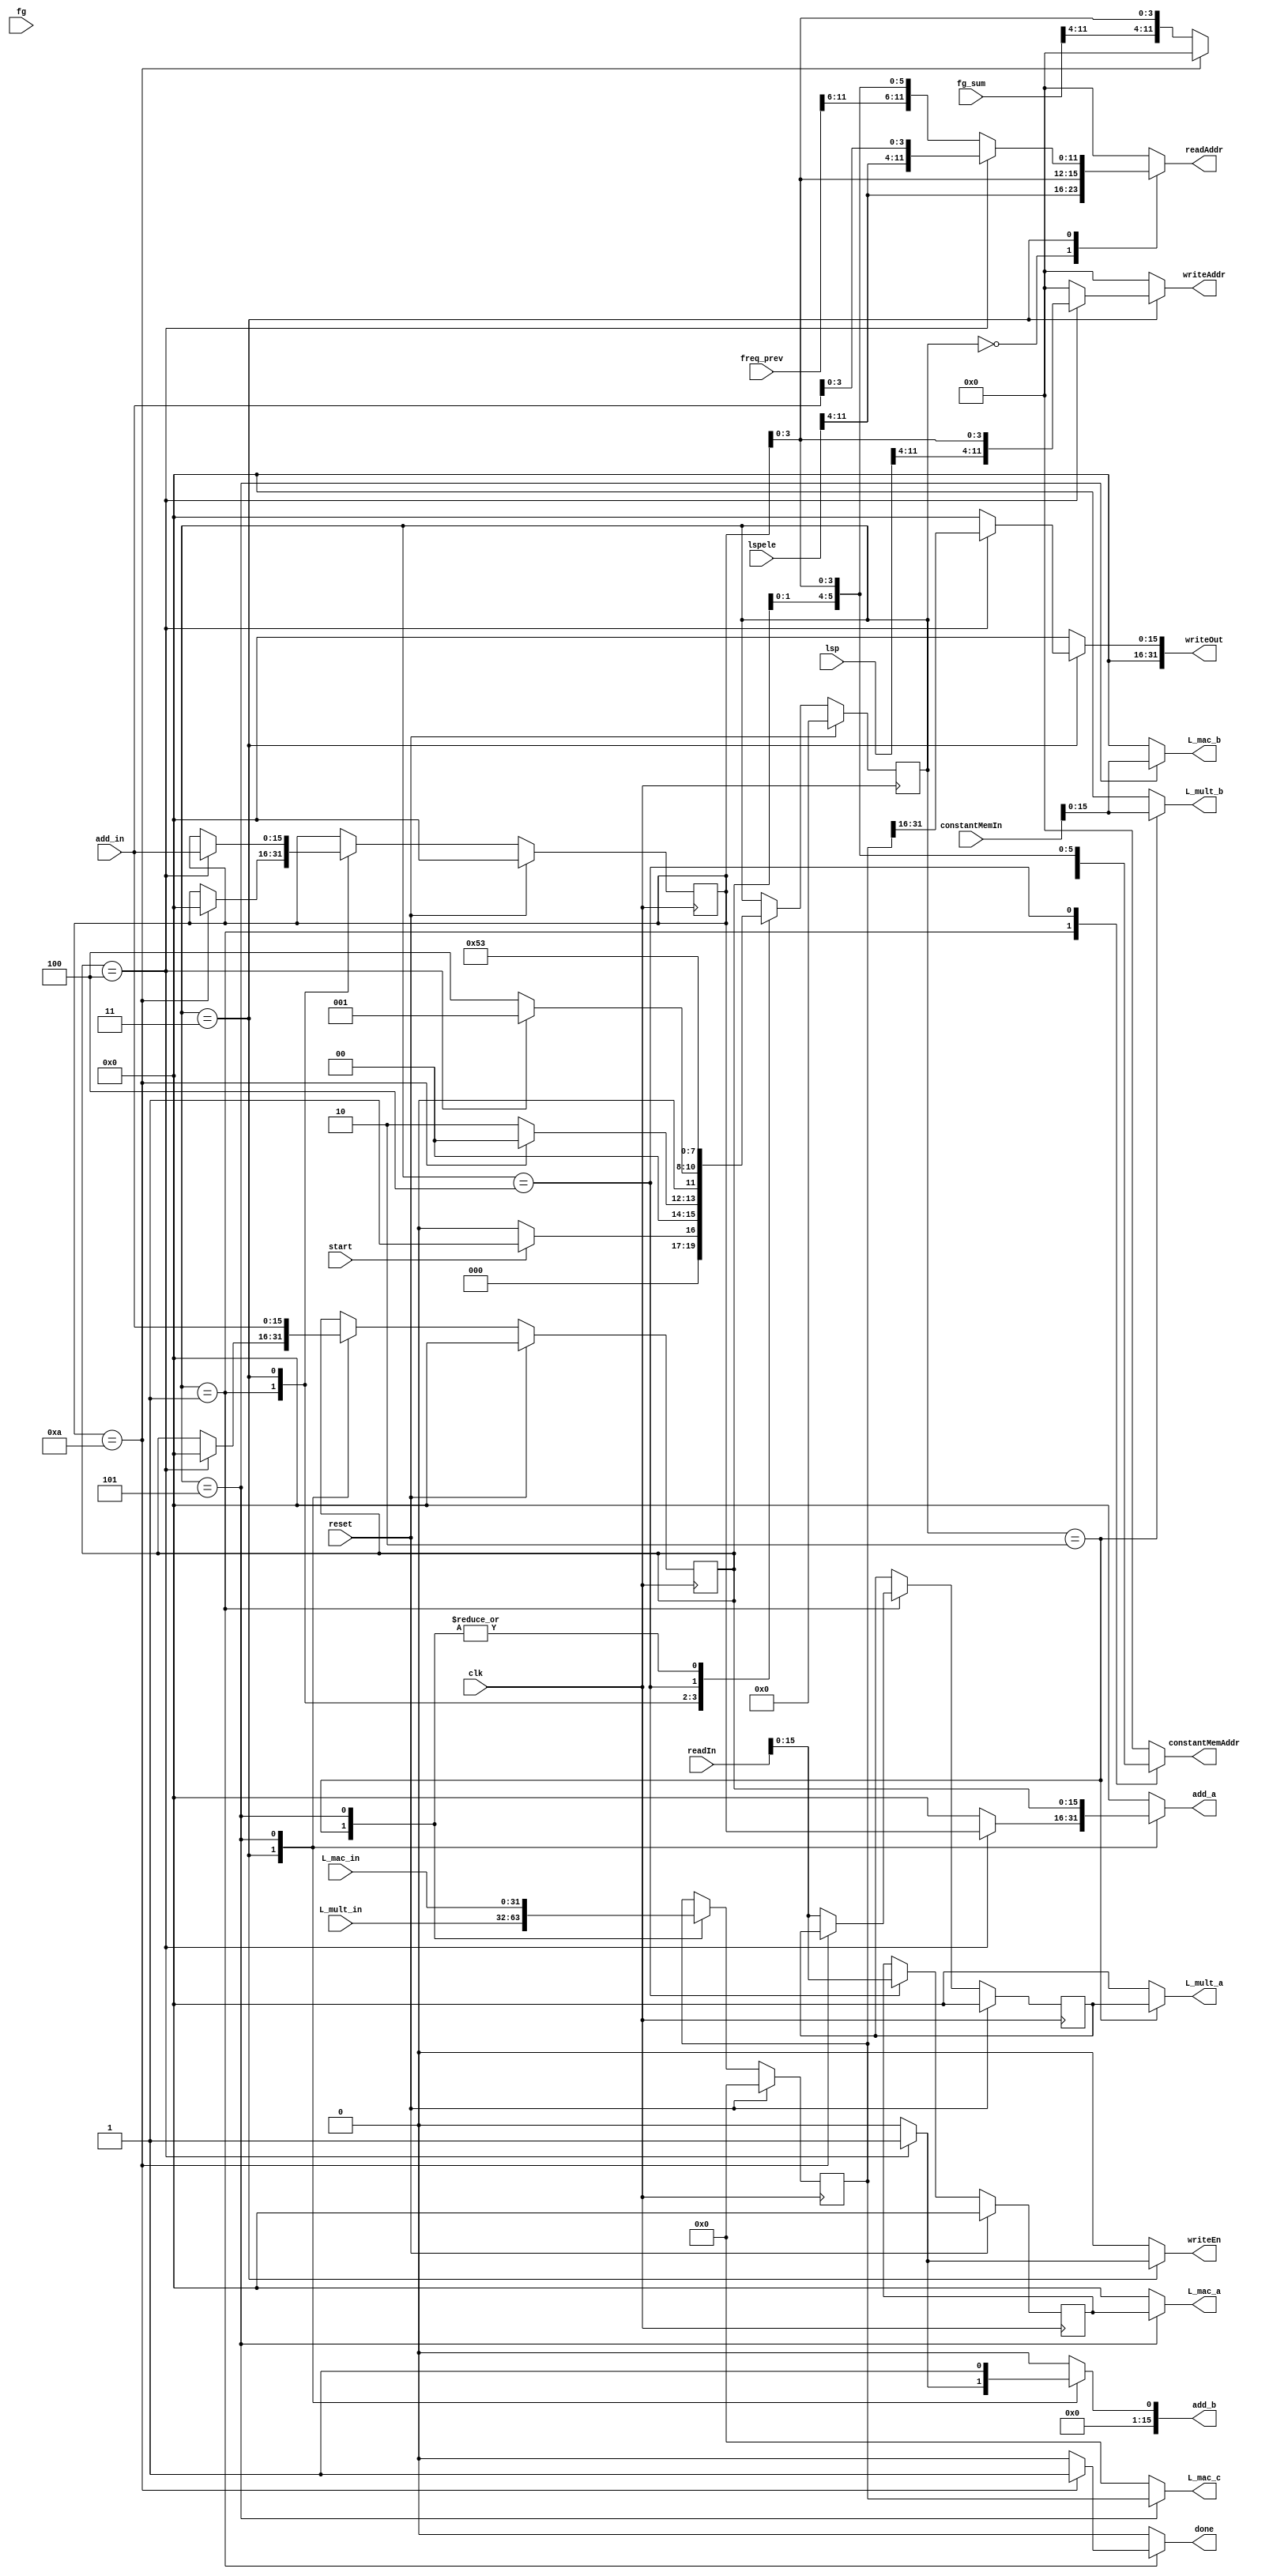
module Lsp_prev_compose(start, clk, done, reset, lspele, fg, fg_sum, freq_prev, lsp, readAddr, readIn, writeAddr, writeOut, writeEn,
						L_mult_in, add_in, L_mult_a, L_mult_b, add_a, add_b, L_mac_a, L_mac_b, L_mac_c, L_mac_in,
						constantMemIn,constantMemAddr);

	input start;
   input clk;
   input reset;
	input [11:0] lspele;
	input [11:0] fg;
	input [11:0] fg_sum;
	input [11:0] freq_prev;
	input [11:0] lsp;
	input [31:0] readIn;
	input [31:0] constantMemIn;
	
	output reg done;
	output reg [11:0] writeAddr;
	output reg [31:0] writeOut;
	output reg writeEn;
	output reg [11:0] readAddr;
	output reg [11:0] constantMemAddr;
	
	input [31:0] L_mult_in, L_mac_in;
	input [15:0] add_in;
	output reg [15:0] L_mult_a, L_mult_b, add_a, add_b, L_mac_a, L_mac_b;
	output reg [31:0] L_mac_c;
	
	
	parameter INIT = 0;
	parameter S1 = 1;
	parameter S2 = 2;
	parameter S3 = 3;
	parameter S4 = 4;
	parameter S5 = 5;
	parameter S6 = 6;
	
	wire [11:0] lspele;
	wire [11:0] fg;
	wire [11:0] fg_sum;
	wire [11:0] freq_prev;
	wire [11:0] lsp;
	reg [15:0] temp_lspele, temp_freq_prev, next_temp_lspele, next_temp_freq_prev;
	reg [31:0] L_acc, next_L_acc;
	reg [3:0] state, nextstate;
	reg [15:0] j, nextj, k, nextk;
	
	
	
	always @(posedge clk)
		begin
			if(reset)
				j <= 0;
			else
				j <= nextj;
		end

	always @(posedge clk)
		begin
			if(reset)
				k <= 0;
			else
				k <= nextk;
		end

	always @(posedge clk)
		begin
			if (reset)
				 state <= INIT;
			else
				 state <= nextstate;
		 end

	always @(posedge clk)
		begin
			if (reset)
				 L_acc <= 0;
			else
				 L_acc <= next_L_acc;
		 end


	always @(posedge clk)
		begin
			if (reset)
				 temp_lspele <= 0;
			else
				 temp_lspele <= next_temp_lspele;
		 end
		 
		 
	always @(posedge clk)
		begin
			if (reset)
				 temp_freq_prev <= 0;
			else
				 temp_freq_prev <= next_temp_freq_prev;
		 end


	always @(*)
		begin
			nextstate = state;
			nextj = j;
			nextk = k;
			next_L_acc = L_acc;
			next_temp_lspele = temp_lspele;
			next_temp_freq_prev = temp_freq_prev;
			writeAddr = 0;
			writeOut = 0;
			writeEn = 0;
			readAddr = 0;
			done = 0;
			L_mult_a = 0;
			L_mult_b = 0;
			add_a = 0;
			add_b = 0;
			L_mac_a = 0;
			L_mac_b = 0;
			L_mac_c = 0;
			constantMemAddr = 0;
	
			case(state)
				INIT:
					begin
						readAddr = {lspele[11:4], j[3:0]};
						
						if(start)
							nextstate = S1;
						else if(start == 0)
							nextstate = INIT;
							
					end
			
				S1:	//start of j loop
					begin
						if(j == 10)
							begin
								nextj = 0;
								done = 1;
								nextstate = INIT;
							end
							
						else
							begin
								next_temp_lspele = readIn[15:0];
								constantMemAddr = {fg_sum[11:4], j[3:0]};
								nextstate = S2;
							end
					end
			
				S2:   //L_acc = lsp_ele[j] * fg_sum[j]
					begin
						L_mult_a = temp_lspele;
						L_mult_b = constantMemIn;
						next_L_acc = L_mult_in;
						nextstate = S3;
					end
			
				S3:   //start of k loop
					begin
						if(k == 4)
						begin
							readAddr = {lspele[11:4], add_in[3:0]};
							writeAddr = {lsp[11:4], j[3:0]};
							writeOut  = L_acc[31:16];
							writeEn = 1;
							add_a = j;
							add_b = 1'd1;
							nextj = add_in;
							nextk = 0;
							nextstate = S1;
						end
						
						else
							begin
								readAddr = {freq_prev[11:6],k[1:0],j[3:0]};
								nextstate = S4;					
							end
					end
				
				S4:
					begin
						next_temp_freq_prev = readIn[15:0];
						constantMemAddr = {fg[11:6],k[1:0],j[3:0]};
						nextstate = S5;
					end
				
				S5:   //L_acc = L_acc * freq_prev + fg;
					begin
						L_mac_c = L_acc;
						L_mac_a = temp_freq_prev;
						L_mac_b = constantMemIn[15:0];
						next_L_acc = L_mac_in;
						add_a = k;
						add_b = 1'd1;
						nextk = add_in;
						nextstate = S3;
					end
					
				endcase

		end

endmodule